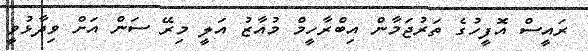
ރައީސް އޮފީހުގެ ތަރުޖަމާން އިބްރާހީމް މުއާޒު އަލީ މިރޭ ސަން އަށް ވިދާޅުވީ